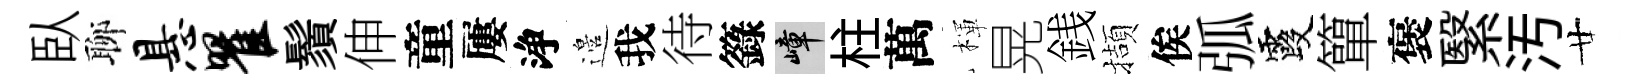
臥聊悬瞿鬚伸童屢浄邉我待籙嶂柱萬楎晃銭擷俟弧霞簞褒繄汚廿